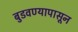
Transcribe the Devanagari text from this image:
बुडवण्यापासून